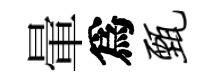
暈爲甄